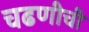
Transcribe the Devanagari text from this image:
चढणीची